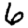
Digit: 6